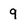
Character: 9